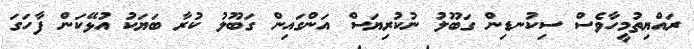
ރައްޔިތުމީހާވެސް ސިކުނޑިން ގަބޫލު ނުކުރިޔަސް އަންގައިން ގަބޫލު ކުރާ ބަޔަކު އުޅޭކަން ފާހަގަ